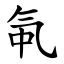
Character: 㲴